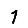
Digit: 1